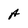
Character: A